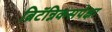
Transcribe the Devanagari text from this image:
ब्रिटॅन्निकसपेक्षा